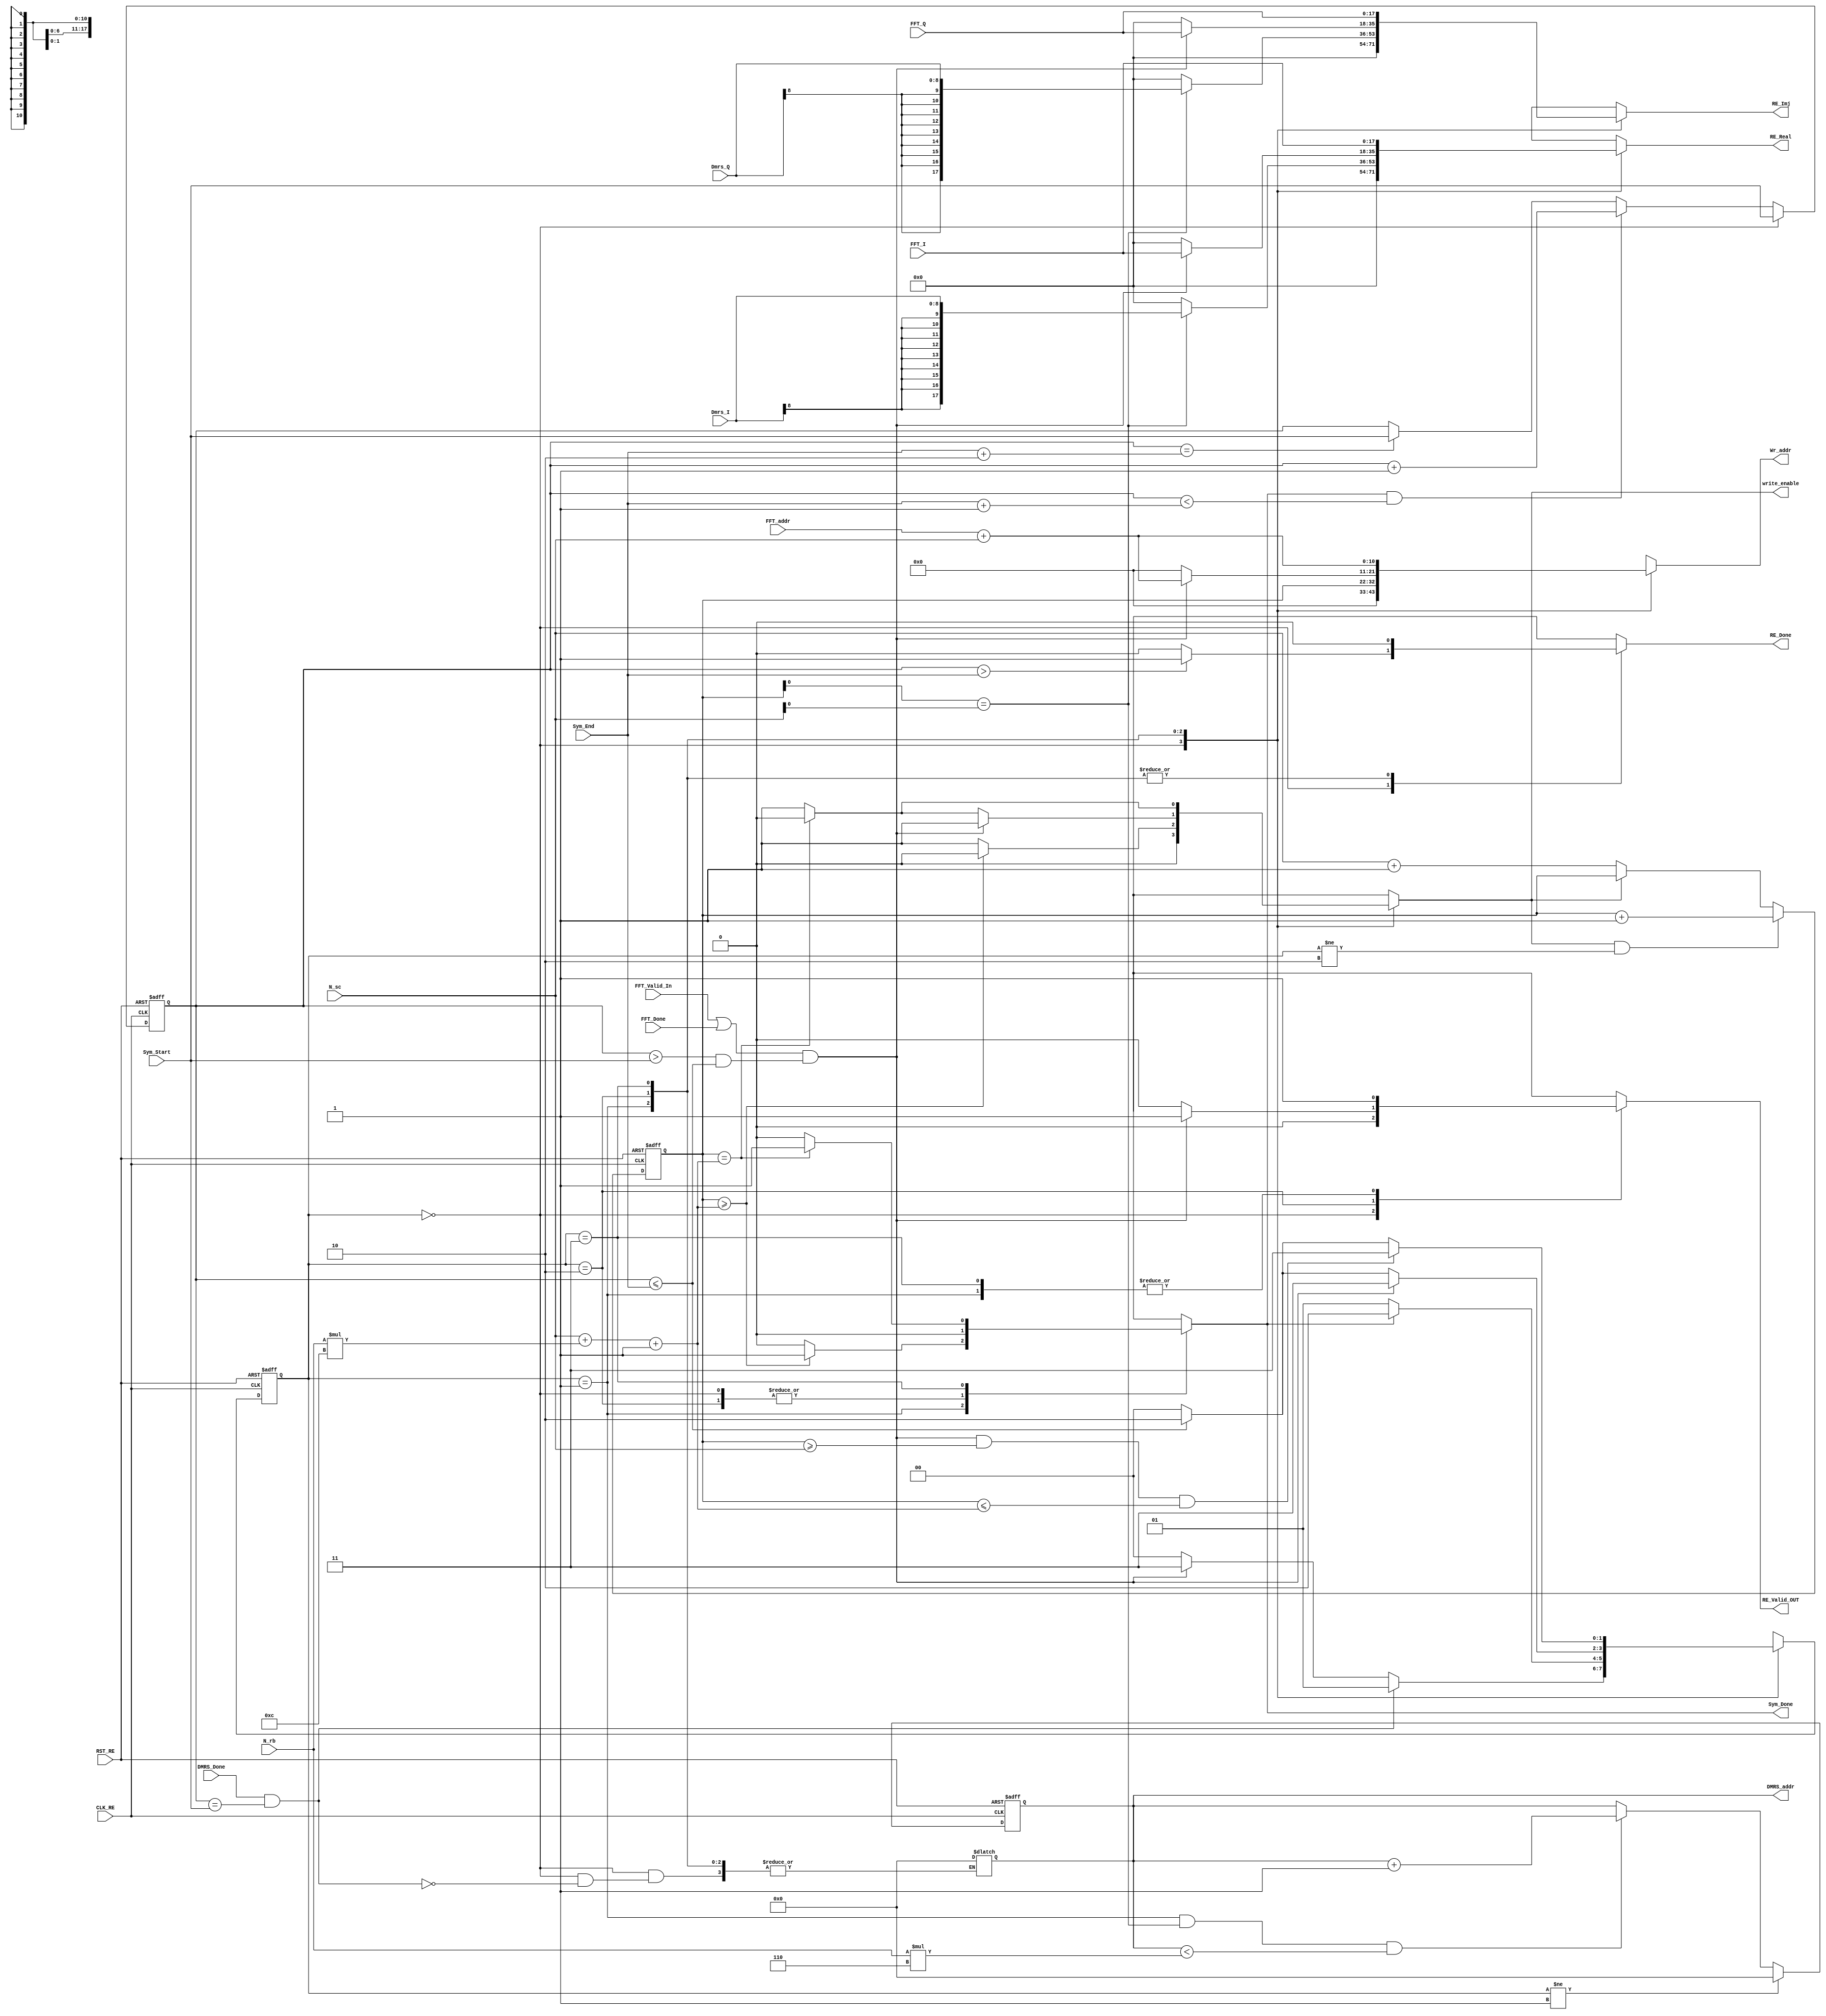
module REmapper_new #(parameter FFT_Len =18  ,parameter DMRS_Len = 9 )(
    input wire CLK_RE , 
    input wire RST_RE , 

    input wire [10:0] N_sc , // subcarrier starting point
    input wire [6:0] N_rb ,     // no. of RBs allocated
    input wire  [3:0] Sym_Start ,
    input wire  [3:0] Sym_End ,  


    input wire signed [DMRS_Len-1:0]Dmrs_I , 
    input wire signed [DMRS_Len-1:0]Dmrs_Q ,
    input wire DMRS_Done ,

    input wire signed [FFT_Len-1:0] FFT_I , 
    input wire signed [FFT_Len-1:0] FFT_Q , 
    input wire FFT_Valid_In ,
    input wire FFT_Done , // flag reports that fft finished writing in memory & all symbols is valid
    input  wire [10:0] FFT_addr , // fft   address mn mostafa direct 

    output wire write_enable ,
    output reg signed [FFT_Len-1:0] RE_Real , 
    output reg signed [FFT_Len-1:0] RE_Imj , 
    output reg RE_Valid_OUT ,
    output reg [10:0] Wr_addr , 
    output reg [9:0] DMRS_addr , // dmrs memory ely abli 
    output reg Sym_Done , 
    output reg RE_Done
); 

localparam Total_Sc = 12'd1200 ; 
wire [10:0] N_symbol ;  // no. of fft symbols expected to recieve = nrb * 12
wire [9:0] D_symbol ;   // no. of dmrs symbols expected to recieve

wire [10:0] Last_indx ; 
reg [3:0] Symbol_now ; 
reg [10:0] Counter ; // ahm haga fel block 


parameter IDLE = 2'b00 ;  // at begining 
parameter WAIT_FFT = 2'b10 ; 
parameter Map_DMRS = 2'b01 ; 
parameter Map_FFT = 2'b11 ; 

reg [1:0] current_state , next_state ;

reg EN_Counter ; 

always @(posedge CLK_RE or negedge RST_RE) begin 
    if (!RST_RE) begin
        current_state <= IDLE ; 
    end
    else 
        current_state <= next_state ;     
end 

always @(*) begin 

  case(current_state)

    IDLE: begin 
        if( (DMRS_Done) && Symbol_now == Sym_Start) begin 
            next_state =Map_DMRS;
            DMRS_addr = 0 ; 
        end 
        else if ((FFT_Valid_In || FFT_Done) && (Symbol_now > Sym_Start && Symbol_now <= Sym_End)) begin
            next_state = Map_FFT; 
        end 
        else begin
            next_state = IDLE;
        end
    end     

    Map_DMRS: begin 
        if (! Sym_Done) begin
                next_state = Map_DMRS; 
            end else begin
                next_state = WAIT_FFT; 
            end
    end    
    WAIT_FFT : begin 
      if ( (FFT_Valid_In || FFT_Done) && (Symbol_now > Sym_Start && Symbol_now <= Sym_End)) begin
            next_state = Map_FFT; 
      end else if (Symbol_now <= Sym_End) 
                 next_state = WAIT_FFT ;
          else 
            next_state = IDLE ;   
    end  

    Map_FFT: begin 
        if ( (FFT_Valid_In || FFT_Done) && (Symbol_now > Sym_Start && Symbol_now <= Sym_End) && Counter >= N_sc && Counter <= Last_indx) begin    
                next_state = Map_FFT; 
        end else if (Symbol_now <= Sym_End) begin
                next_state = WAIT_FFT;  
        end
        else
            next_state = IDLE; 

    end 

    default: next_state = IDLE;
  
  endcase

end    

always @(*) begin

    case(current_state)

     IDLE : begin 
  //      Symbol_now = Sym_Start ; 
        RE_Valid_OUT = 1'b0 ; 
        EN_Counter = 1'b0 ; 
        Sym_Done = 1'b0 ; 
        RE_Real = 12'b0 ; 
        RE_Imj = 12'b0 ;
        Wr_addr = 'b0 ;
        if(Symbol_now > Sym_End )
            RE_Done = 1 ; 
        else 
            RE_Done = 0 ;  
    end   
  
        Map_DMRS : begin          
            if (Counter >= Last_indx) begin
                Sym_Done = 1 ;
                EN_Counter = 1'b0 ; 
 
            end else begin
                Sym_Done = 0 ;
             EN_Counter = 1'b1 ; 
       
            end     
            RE_Done = 0 ; 
            
            if (Counter[0] ==  N_sc[0]) begin // condition to write dmrs symbols 
                RE_Real = Dmrs_I ;
                RE_Imj = Dmrs_Q ;
                Wr_addr = Counter ;
                RE_Valid_OUT = 1'b1 ;   
            end 
            else begin
                RE_Real = 1'b0 ;
                RE_Imj = 1'b0 ;
                Wr_addr = Counter ;
                RE_Valid_OUT = 1'b1 ;     
            end


        end     
        WAIT_FFT : begin 
            if(Counter == Last_indx)begin
                EN_Counter = 0 ; 
            end else begin 
                EN_Counter = 1 ;       // condition ti write fft but dmrs is not done yet 
             end 
            
            
            RE_Done = 0 ; 
            RE_Valid_OUT = 1'b0 ; 
            Sym_Done = 1'b0 ;
            Wr_addr = 1'b0 ;  
            RE_Imj = 0 ; 
            RE_Real = 0 ; 
        
            if ((FFT_Valid_In || FFT_Done) && (Symbol_now > Sym_Start && Symbol_now <= Sym_End)) begin
            RE_Real = FFT_I ; 
            RE_Imj = FFT_Q ; 
            Wr_addr =  FFT_addr + N_sc ; 
            RE_Valid_OUT = 1 ; 
            EN_Counter = 1 ; 
            end
        end   

        Map_FFT : begin    
            if(Counter == Last_indx) begin
                EN_Counter = 0 ; 
            end else begin 
                EN_Counter = 1 ;       // condition ti write fft but dmrs is not done yet 
             end    
                RE_Done = 0 ; 
                RE_Real = FFT_I ; 
                RE_Imj = FFT_Q ; 
                Wr_addr = FFT_addr + N_sc ;
                RE_Valid_OUT = 1 ; 
            if (Counter == Last_indx) begin
                  Sym_Done = 1 ; 
            end else begin
                Sym_Done = 0 ;       
            end
             
        end    
      endcase    
end
// tyb 3shan mn3mlsh delay kbeer hnkhleh yktb el zeros mn el awel ely abl sib carrier starting point 

always @(posedge CLK_RE or negedge RST_RE ) begin 
   if(!RST_RE)
            DMRS_addr <= 0 ;
   else if((current_state != Map_DMRS))
            DMRS_addr <= 0 ; 
   else if((current_state == Map_DMRS) && (Counter[0] == N_sc[0]) && (DMRS_addr < (D_symbol)))     
                DMRS_addr <= DMRS_addr + 1 ;                                 

end

always @(posedge CLK_RE or negedge RST_RE ) begin 
    if(!RST_RE) 
            Counter <= 0 ; 
    else if (EN_Counter && current_state != WAIT_FFT ) begin // hena b hot awl zeros
            Counter <= Counter +1 ; 
    end else if (! EN_Counter ) 
            Counter <= N_sc +1; 
end

always @(posedge CLK_RE or negedge RST_RE ) begin 
    if(!RST_RE) 
            Symbol_now <= 0 ;      
    else if (current_state == IDLE) 
              Symbol_now <= Sym_Start ; 
    else if (Sym_Done && (Symbol_now < Sym_End + 1)) begin // hena b hot awl zeros
            Symbol_now <= Symbol_now +1 ; 
    end else if (Symbol_now == Sym_End + 2 ) 
            Symbol_now <= Sym_Start ;  

end   
assign N_symbol = N_rb * 12 ; // de ghalat el mfrod enha a2l mstnyen rd mostafa
assign D_symbol = N_rb * 6    ;          // 3dd el dmrs kolha b2a mstnyen rd kareem 

assign Last_indx = N_sc + N_symbol +1 ; 

assign write_enable = EN_Counter ; 


endmodule